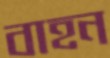
বাহন